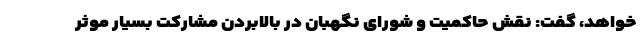
خواهد، گفت:‌ نقش حاکمیت و شورای نگهبان در بالابردن مشارکت بسیار موثر